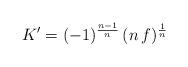
LaTeX: \begin{align*}K' = (-1)^{\frac{n-1}{n}}\,(n\,f)^{1\over n}\end{align*}